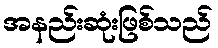
အနည်းဆုံးဖြစ်သည်